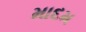
માદમ